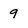
Character: 9